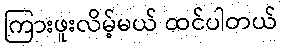
ကြားဖူးလိမ့်မယ် ထင်ပါတယ်